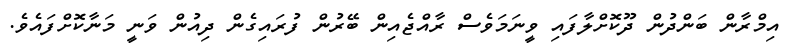
އިމްރާން ބަންދުން ދޫކޮށްލާފައި ވީނަމަވެސް ރާއްޖެއިން ބޭރުން ފުރައިގެން ދިއުން ވަނީ މަނާކޮށްފައެވެ.